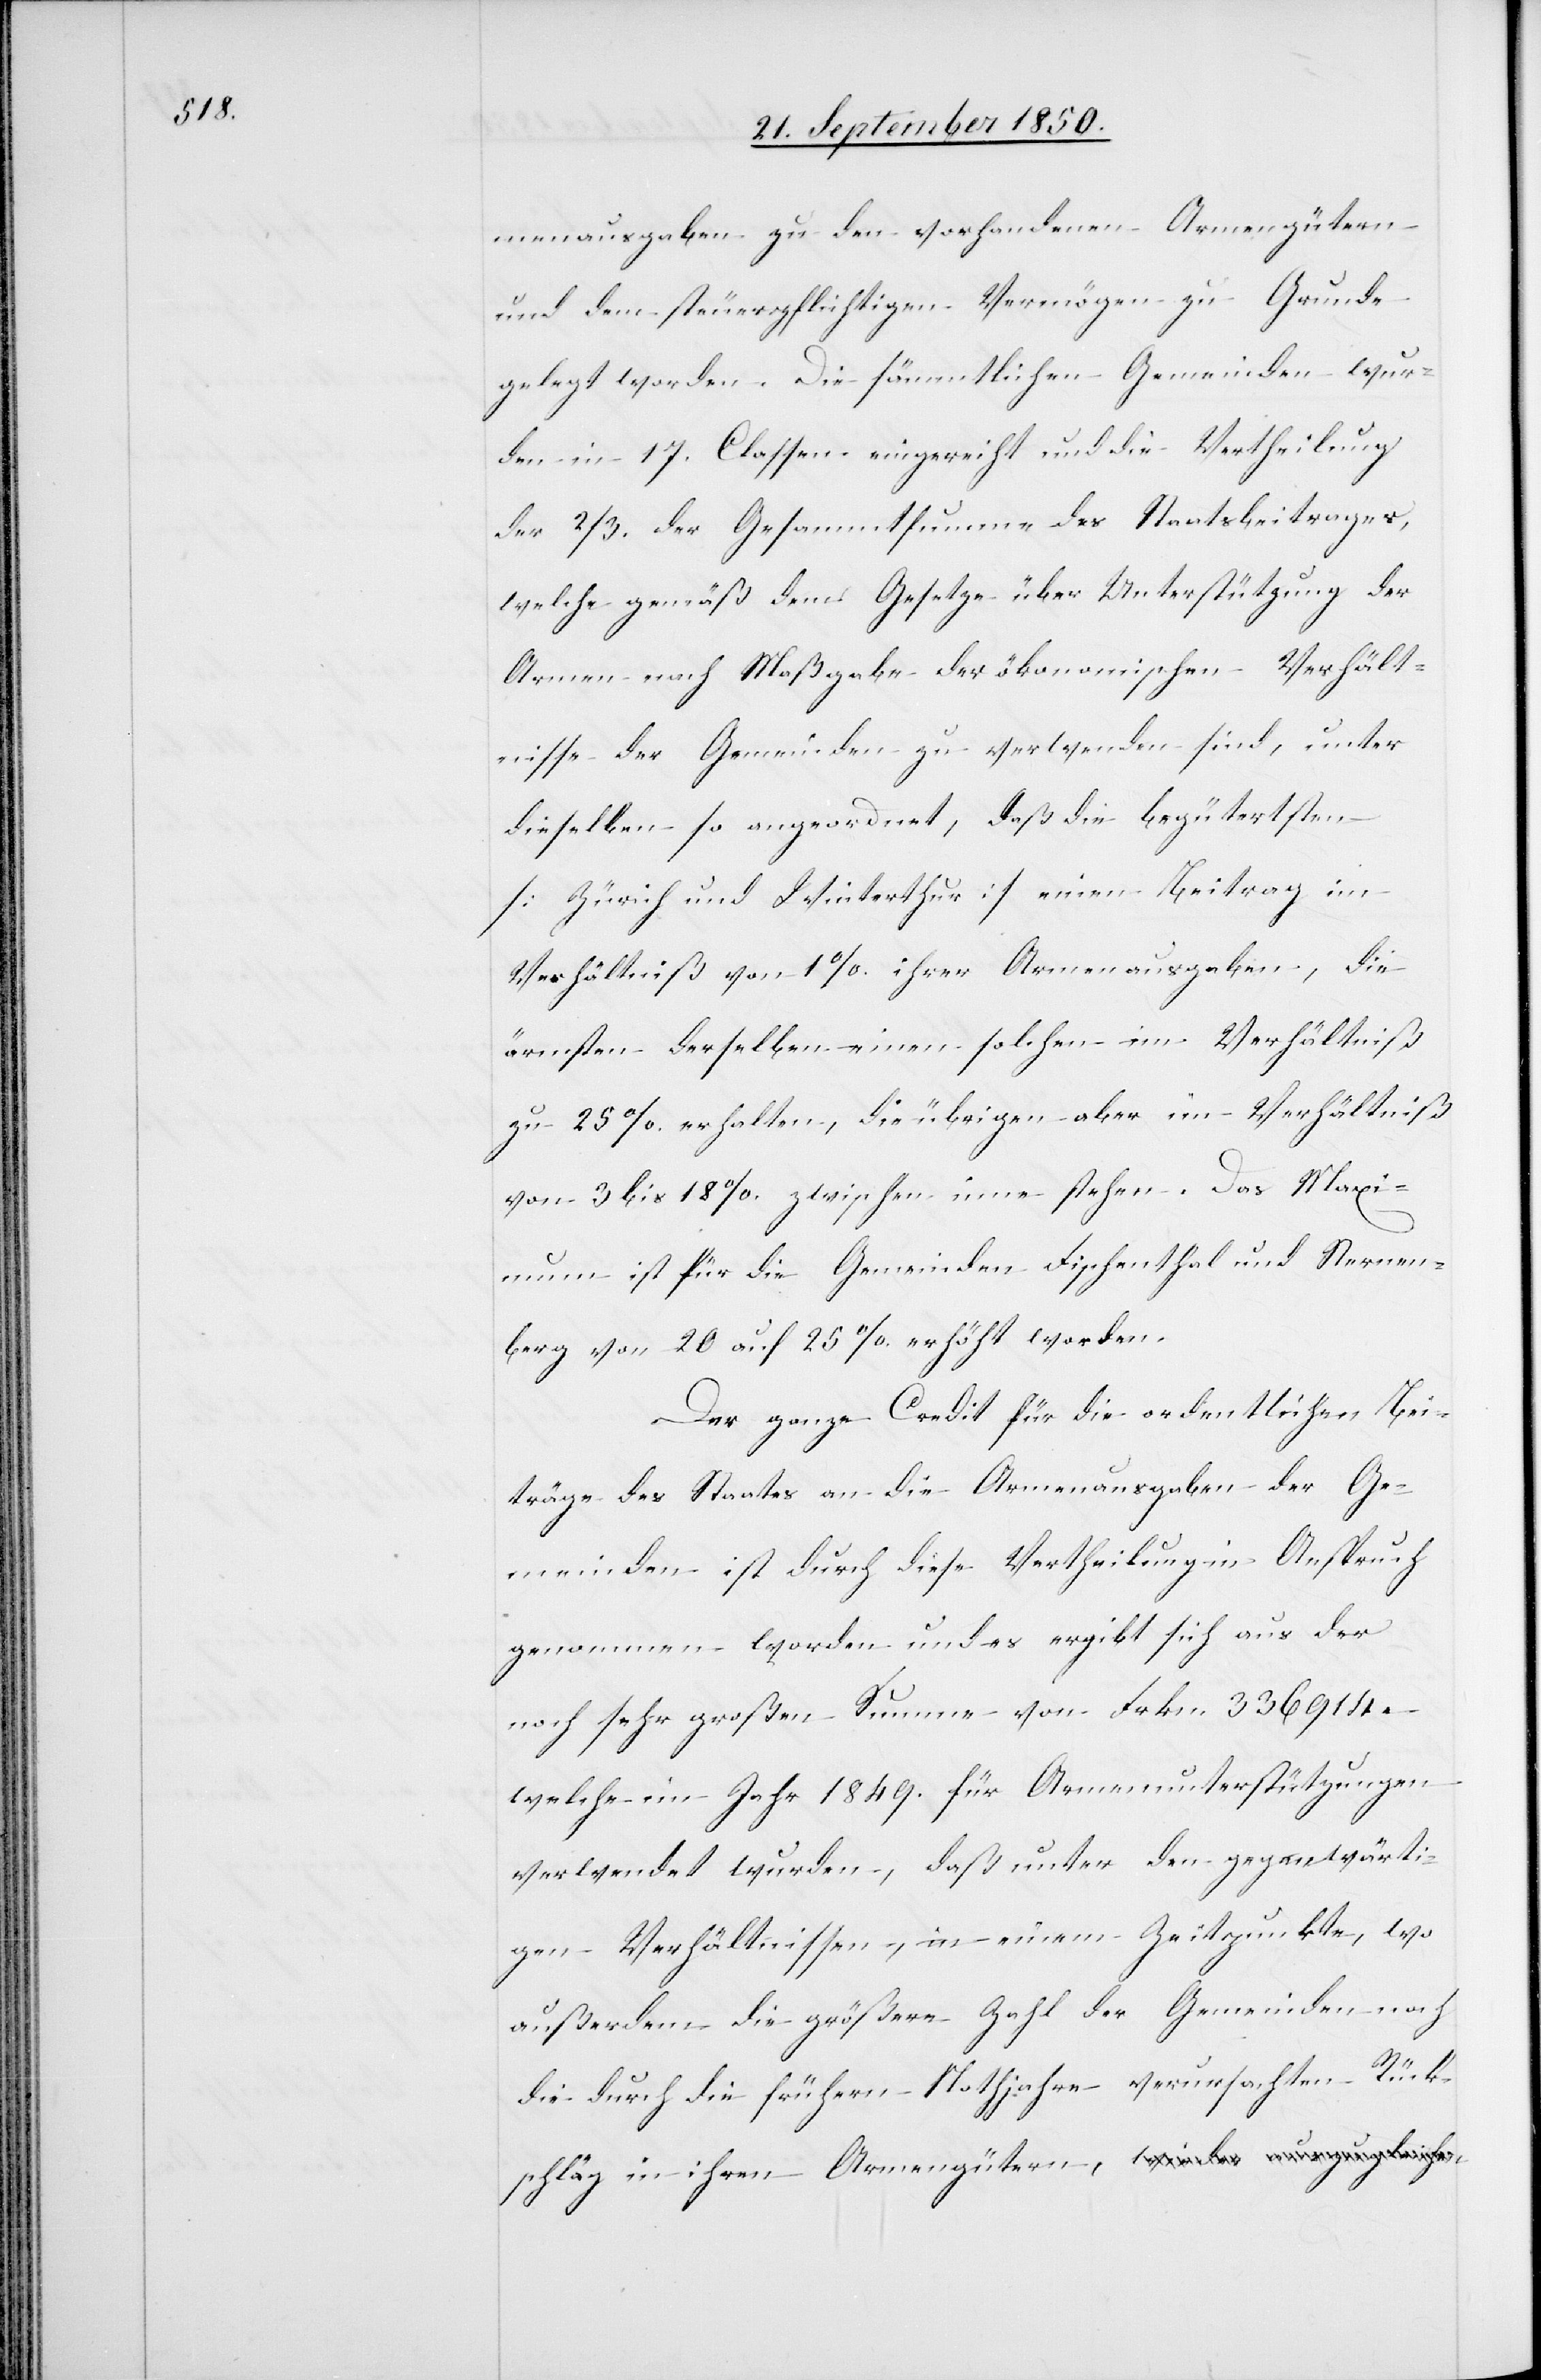
schläg

menausgaben zu den vorhandenen Armengütern
und dem steuerpflichtigen Vermögen zu Grunde
gelegt worden. Die sämmtlichen Gemeinden wur¬
den in 17. Classen eingereiht und die Vertheilung
der 2/3. der Gesammtsumme des Staatsbeitrages,
welche gemäß dem Gesetze über Unterstützung der
Armen nach Maßgabe der ökonomischen Verhält¬
nisse der Gemeinden zu verwenden sind, unter
dieselben so angeordnet, daß die begütertsten
[Zürich und Winterthur] einen Beitrag im
Verhältniß von 1 %. ihrer Armenausgaben, die
ärmsten derselben einen solchen im Verhältniß
zu 25 %. erhalten, die übrigen aber im Verhältniß
von 3 bis 18 %. zwischen inne stehen. Das Maxi¬
mum ist für die Gemeinden Fischenthal und Sternen¬
berg von 20 auf 25 %. erhöht worden.
Der ganze Credit für die ordentlichen Bei¬
träge des Staates an die Armenausgaben der Ge¬
meinden ist durch diese Vertheilung in Anspruch
genommen worden und es ergibt sich aus der
noch sehr großen Summe von Frkn. 336 914.
welche im Jahr 1849. für Armenunterstützungen
verwendet wurden, daß unter den gegenwärti¬
gen Verhältnissen, in einem Zeitpunkte, wo
außerdem die größere Zahl der Gemeinden noch
die durch die frühern Notjahre verursachten Rück¬

in